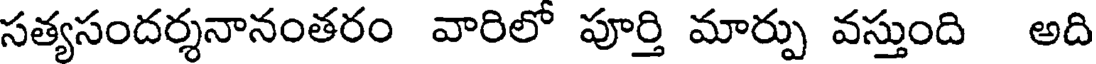
సత్యసందర్శనానంతరం వారిలో పూర్తి మార్పు వస్తుంది అది